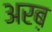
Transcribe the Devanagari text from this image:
अरब़